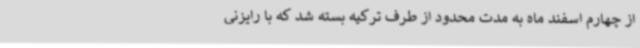
از چهارم اسفند ماه به مدت محدود از طرف ترکیه بسته شد که با رایزنی